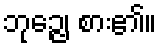
ဘုဉ္ဇေ၊ စား၏။